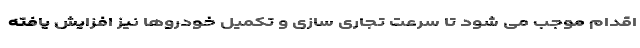
اقدام موجب می شود تا سرعت تجاری سازی و تکمیل خودروها نیز افزایش یافته